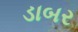
ડાબર